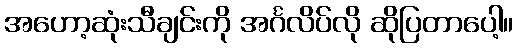
အဟော့ဆုံးသီချင်းကို အင်္ဂလိပ်လို ဆိုပြတာပေါ့။